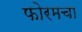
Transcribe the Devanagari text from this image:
फोरमचा